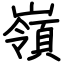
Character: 嶺